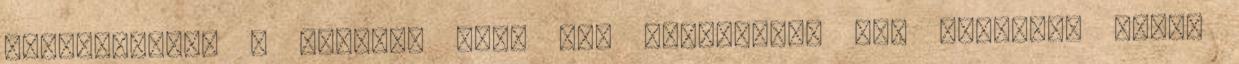
kifinomoltak a munkái. Most mit csináljak, úgy látszik, nekem